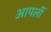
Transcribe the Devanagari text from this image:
आपलीं